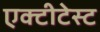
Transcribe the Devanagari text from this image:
एक्टीटेस्ट